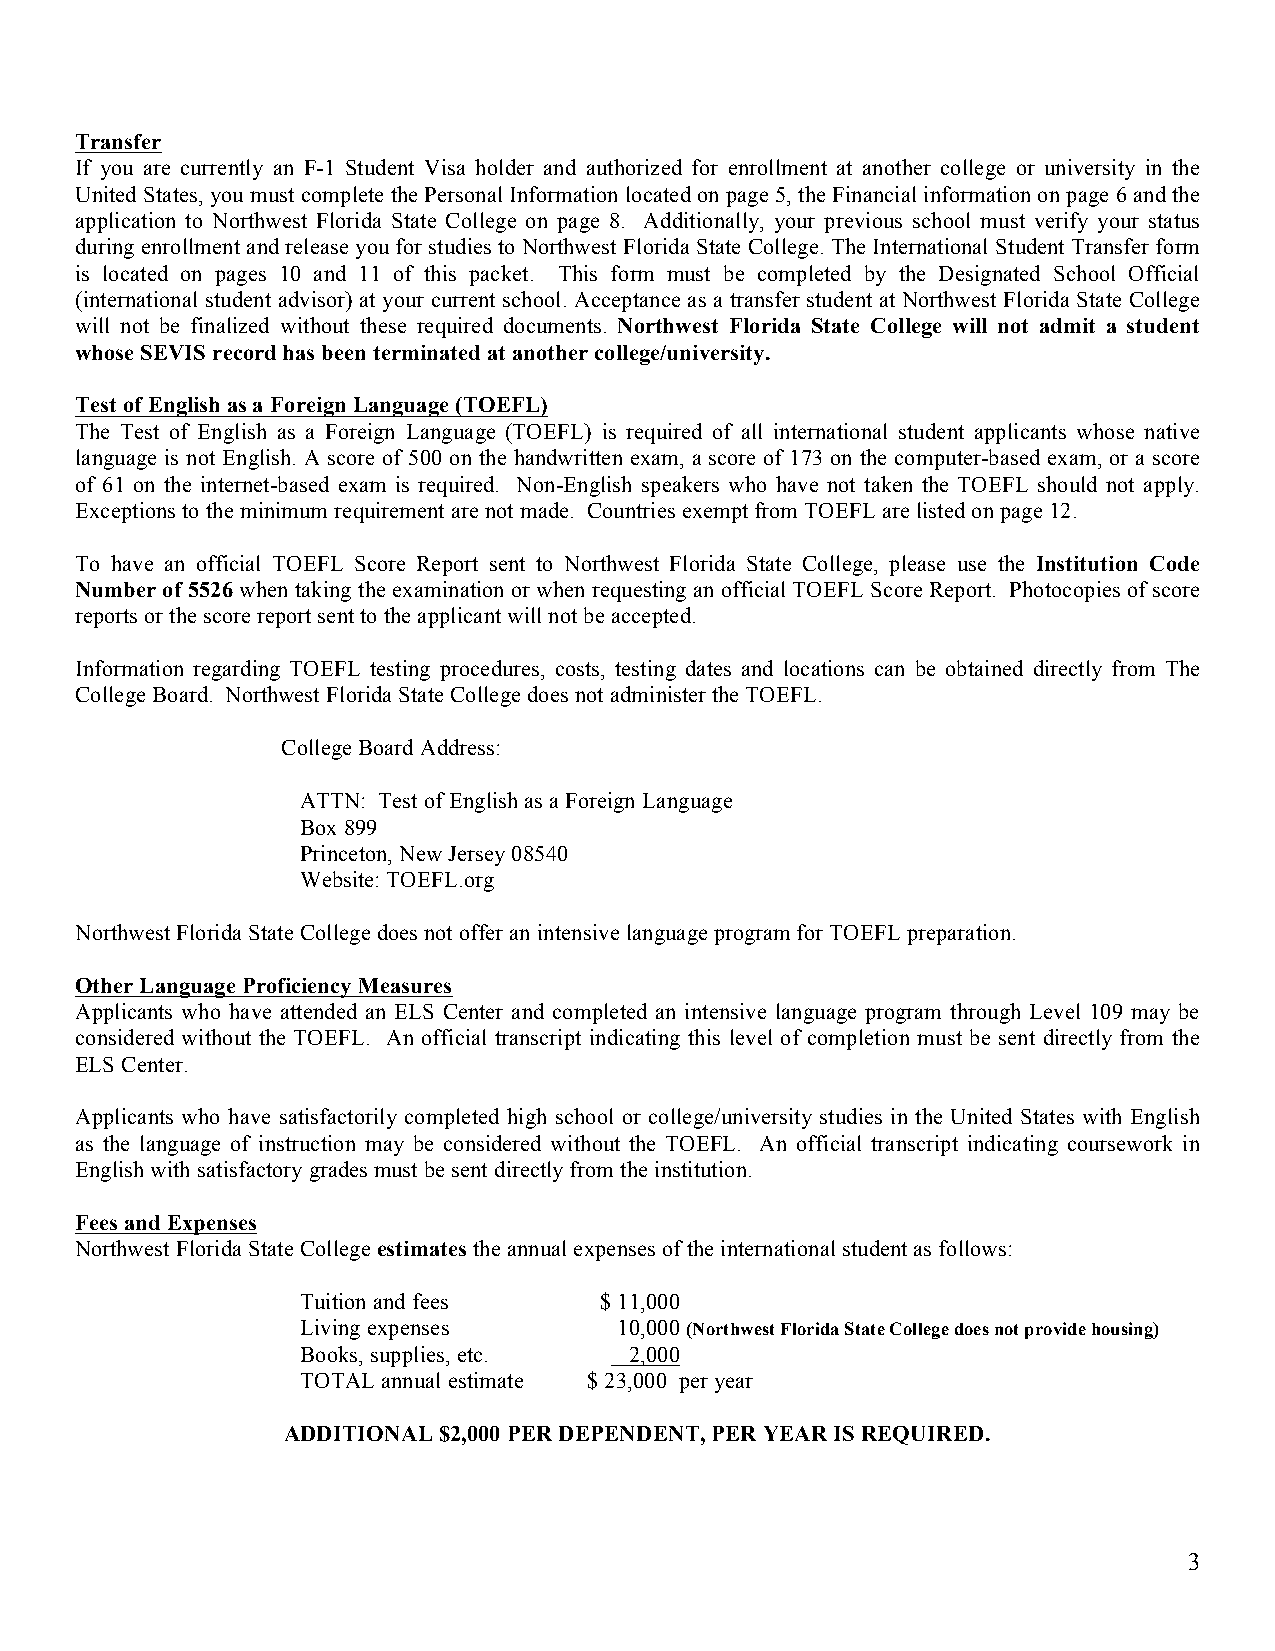
Transfer
 If you are currently an F-1 Student Visa holder and authorized for enrollment at another college or university in the
 United States, you must complete the Personal Information located on page 5, the Financial information on page 6 and the
 application to Northwest Florida State College on page 8. Additionally, your previous school must verify your status
 during enrollment and release you for studies to Northwest Florida State College. The International Student Transfer form
 is located on pages 10 and 11 of this packet. This form must be completed by the Designated School Official
 (international student advisor) at your current school. Acceptance as a transfer student at Northwest Florida State College
 will not be finalized without these required documents. Northwest Florida State College will not admit a student
 whose SEVIS record has been terminated at another college/university.
 Test of English as a Foreign Language (TOEFL)
 The Test of English as a Foreign Language (TOEFL) is required of all international student applicants whose native
 language is not English. A score of 500 on the handwritten exam, a score of 173 on the computer-based exam, or a score
 of 61 on the internet-based exam is required. Non-English speakers who have not taken the TOEFL should not apply.
 Exceptions to the minimum requirement are not made. Countries exempt from TOEFL are listed on page 12.
 To have an official TOEFL Score Report sent to Northwest Florida State College, please use the Institution Code
 Number of 5526 when taking the examination or when requesting an official TOEFL Score Report. Photocopies of score
 reports or the score report sent to the applicant will not be accepted.
 Information regarding TOEFL testing procedures, costs, testing dates and locations can be obtained directly from The
 College Board. Northwest Florida State College does not administer the TOEFL.
 College Board Address:
 ATTN: Test of English as a Foreign Language
 Box 899
 Princeton, New Jersey 08540
 Website: TOEFL.org
 Northwest Florida State College does not offer an intensive language program for TOEFL preparation.
 Other Language Proficiency Measures
 Applicants who have attended an ELS Center and completed an intensive language program through Level 109 may be
 considered without the TOEFL. An official transcript indicating this level of completion must be sent directly from the
 ELS Center.
 Applicants who have satisfactorily completed high school or college/university studies in the United States with English
 as the language of instruction may be considered without the TOEFL. An official transcript indicating coursework in
 English with satisfactory grades must be sent directly from the institution.
 Fees and Expenses
 Northwest Florida State College estimates the annual expenses of the international student as follows:
 Tuition and fees    $ 11,000
 Living expenses      10,000 (Northwest Florida State College does not provide housing)
 Books, supplies, etc. 2,000
 TOTAL annual estimate $ 23,000 per year
 ADDITIONAL $2,000 PER DEPENDENT, PER YEAR IS REQUIRED.
 3